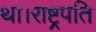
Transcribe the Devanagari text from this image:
था।राष्ट्रपति